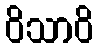
ဝိသာဝိ